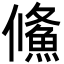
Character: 鯈